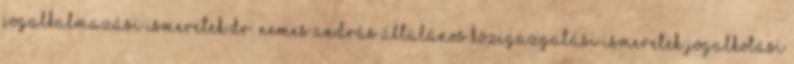
jogalkalmazási ismeretek Dr. Nemes András Általános közigazgatási ismeretek Jogalkotási